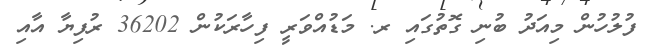
ފުލުހުން މިއަދު ބުނި ގޮތުގައި ރ. މަޑުއްވަރީ ފިހާރަކުން 36202 ރުފިޔާ އާއި